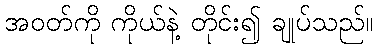
အဝတ်ကို ကိုယ်နဲ့ တိုင်း၍ ချုပ်သည်။